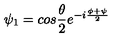
\psi _ { 1 } = c o s \frac { \theta } { 2 } e ^ { - i \frac { \phi + \psi } { 2 } }